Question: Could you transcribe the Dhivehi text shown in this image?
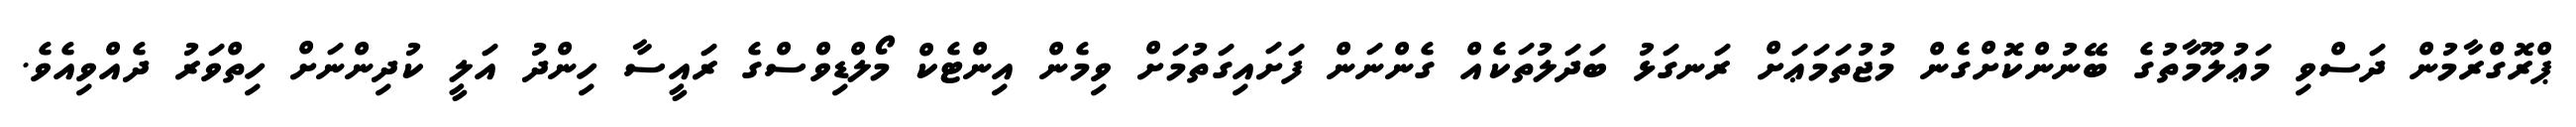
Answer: ޕްރޮގްރާމުން ދަސްވި މަޢުލޫމާތުގެ ބޭނުންކޮށްގެން މުޖުތަމަޢަށް ރަނގަޅު ބަދަލުތަކެއް ގެންނަން ފަށައިގަތުމަށް ވިމެން އިންޓެކް މޯލްޑިވްސްގެ ރައީސާ ހިންދު އަލީ ކުދިންނަށް ހިތްވަރު ދެއްވިއެވެ.